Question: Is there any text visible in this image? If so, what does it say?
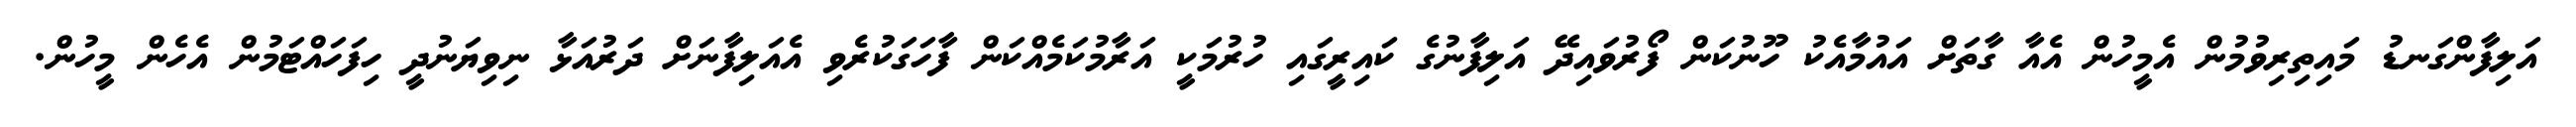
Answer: އަލިފާންގަނޑު މައިތިރިވުމުން އެމީހުން އެއާ ގާތަށް އައުމާއެކު ހޫނުކަން ފޯރުވައިދޭ އަލިފާނުގެ ކައިރީގައި ހުރުމަކީ އަރާމުކަމެއްކަން ފާހަގަކުރެވި އެއަލިފާނަށް ދަރުއަޅާ ނިވިޔަނުދީ ހިފަހައްޓަމުން އެހެން މީހުން.